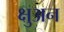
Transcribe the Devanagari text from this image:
क्षुअन